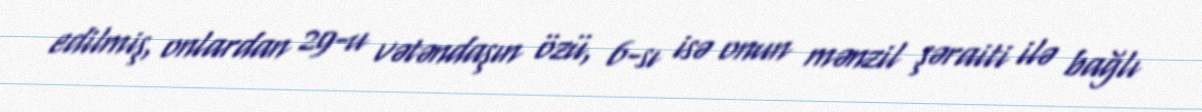
edilmiş, onlardan 29-u vətəndaşın özü, 6-sı isə onun mənzil şəraiti ilə bağlı